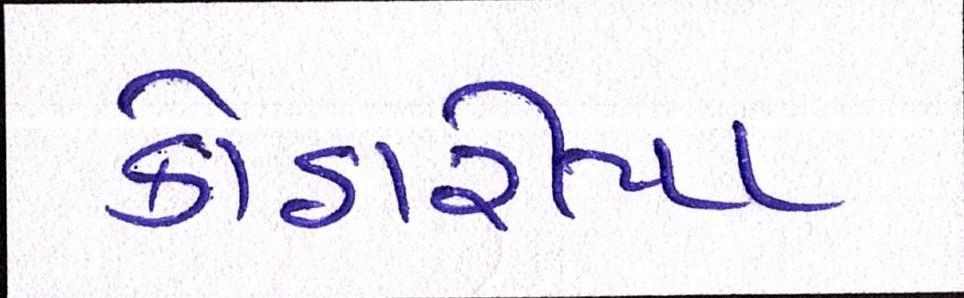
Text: કોઠારીયા